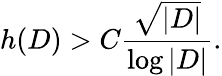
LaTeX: h(D)>C{\frac{\sqrt{|D|}}{\log|D|}}.